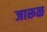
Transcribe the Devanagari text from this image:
जारूळ